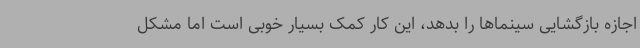
اجازه بازگشایی سینماها را بدهد، این کار کمک بسیار خوبی است اما مشکل